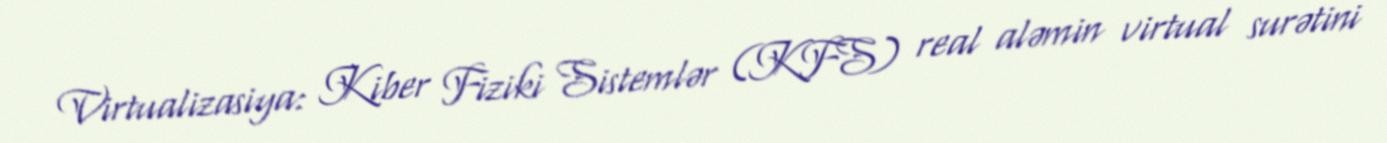
Virtualizasiya: Kiber Fiziki Sistemlər (KFS) real aləmin virtual surətini